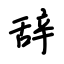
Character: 辞